Plague in India, 1896, 1897 - Volume 3
Year: 1896
Disease focus: Plague
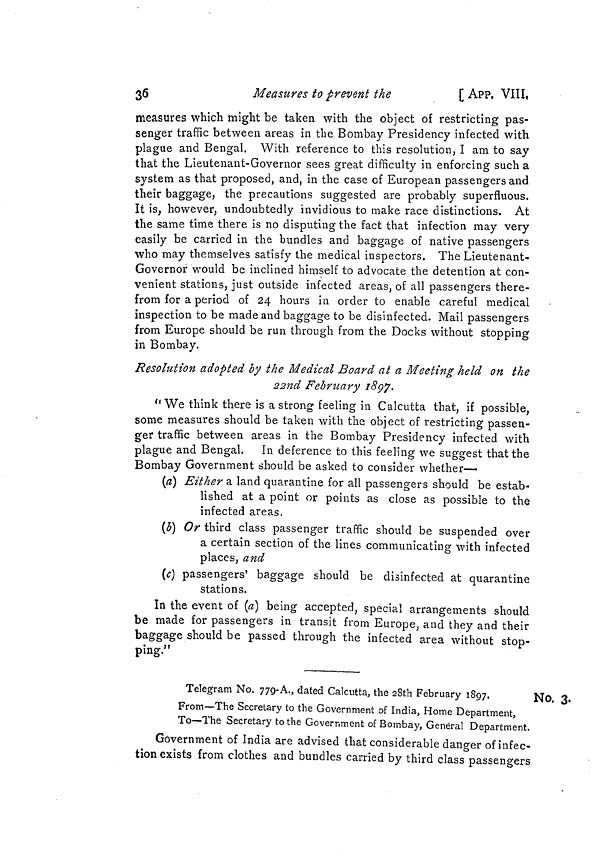
36
Measures to prevent the
[ APP. VIII,
measures which might be taken with the object of restricting pas-
senger traffic between areas in the Bombay Presidency infected with
plague and Bengal. With reference to this resolution, I am to say
that the Lieutenant-Governor sees great difficulty in enforcing such a
system as that proposed, and, in the case of European passengers and
their baggage, the precautions suggested are probably superfluous.
It is, however, undoubtedly invidious to make race distinctions. At
the same time there is no disputing the fact that infection may very
easily be carried in the bundles and baggage of native passengers
who may themselves satisfy the medical inspectors. The Lieutenant-
Governor would be inclined himself to advocate the detention at con-
venient stations, just outside infected areas, of all passengers there-
from for a period of 24 hours in order to enable careful medical
inspection to be made and baggage to be disinfected. Mail passengers
from Europe should be run through from the Docks without stopping
in Bombay.
Resolution adopted by the Medical Board at a Meeting held on the
22nd February 1897.
" We think there is a strong feeling in Calcutta that, if possible,
some measures should be taken with the object of restricting passen-
ger traffic between areas in the Bombay Presidency infected with
plague and Bengal. In deference to this feeling we suggest that the
Bombay Government should be asked to consider whether—
(a) Either a land quarantine for all passengers should be estab-
lished at a point or points as close as possible to the
infected areas,
(b) Or third class passenger traffic should be suspended over
a certain section of the lines communicating with infected
places, and
(c) passengers' baggage should be disinfected at quarantine
stations.
In the event of (a) being accepted, special arrangements should
be made for passengers in transit from Europe, and they and their
baggage should be passed through the infected area without stop-
ping."
No. 3.
Telegram No. 779-A., dated Calcutta, the 28th February 1897.
From—The Secretary to the Government of India, Home Department,
To—The Secretary to the Government of Bombay, General Department.
Government of India are advised that considerable danger of infec-
tion exists from clothes and bundles carried by third class passengers